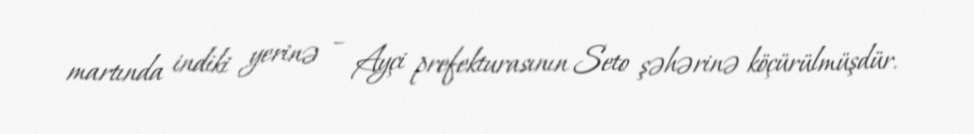
martında indiki yerinə – Ayçi prefekturasının Seto şəhərinə köçürülmüşdür.